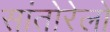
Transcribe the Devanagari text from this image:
सांतोरेलो